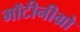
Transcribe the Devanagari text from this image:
मॉटीनीग्रो